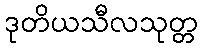
ဒုတိယသီလသုတ္တ